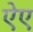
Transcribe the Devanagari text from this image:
ऐए